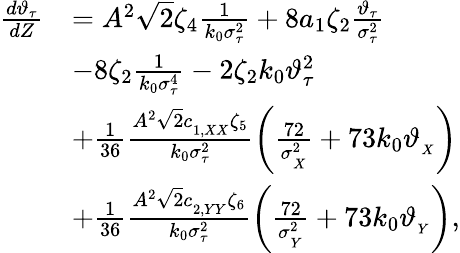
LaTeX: \begin{array}{rl}{\frac{d\vartheta_{\tau}}{dZ}}&{=A^{2}\sqrt{2}\zeta_{4}\frac{1}{k_{0}\sigma_{\tau}^{2}}+8a_{1}\zeta_{2}\frac{\vartheta_{\tau}}{\sigma_{\tau}^{2}}}\\ &{-8\zeta_{2}\frac{1}{k_{0}\sigma_{\tau}^{4}}-2\zeta_{2}k_{0}\vartheta_{\tau}^{2}}\\ &{+\frac{1}{36}\frac{A^{2}\sqrt{2}c_{_{1,XX}}\zeta_{5}}{k_{0}\sigma_{\tau}^{2}}\left(\frac{72}{\sigma_{_X}^{2}}+73k_{0}\vartheta_{_{X}}\right)}\\ &{+\frac{1}{36}\frac{A^{2}\sqrt{2}c_{_{2,YY}}\zeta_{6}}{k_{0}\sigma_{\tau}^{2}}\left(\frac{72}{\sigma_{_Y}^{2}}+73k_{0}\vartheta_{_{Y}}\right),}\end{array}